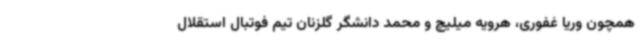
همچون وریا غفوری، هرویه میلیچ و محمد دانشگر گلزنان تیم فوتبال استقلال